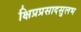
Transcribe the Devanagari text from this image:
क्षिप्रप्रसादसुलभ